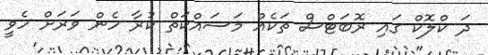
ދަ ކްލޮކް ގައި ރޮބަޓްސް ތަކެއް މަސައްކަތް ކުރާ ހެން ވަރަށް ހެވީ